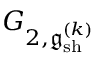
G _ { 2 , \mathfrak { g } _ { \mathrm { s h } } ^ { ( k ) } }